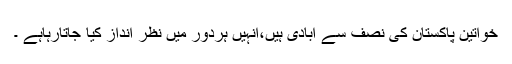
خواتین پاکستان کی نصف سے آبادی ہیں،انہیں ہردور میں نظر انداز کیا جاتارہاہے ۔